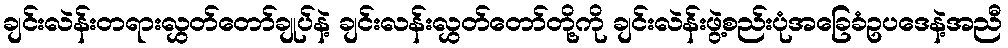
ချင်းလဲန်းတရားလွှတ်တော်ချုပ်နဲ့ ချင်းလန်းလွှတ်တော်တို့ကို ချင်းလဲန်းဖွဲ့စည်းပုံအခြေခံဥပဒေနဲ့အညီ